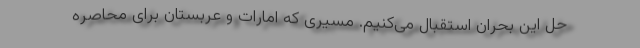
حل این بحران استقبال می‌کنیم. مسیری که امارات و عربستان برای محاصره